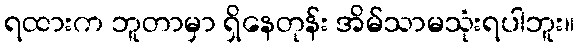
ရထားက ဘူတာမှာ ရှိနေတုန်း အိမ်သာမသုံးရပါဘူး။